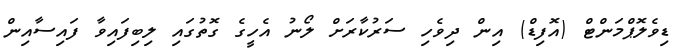
ޑިވެލޮޕްމަންޓް (އޮފިޑް) އިން ދިވެހި ސަރުކާރަށް ލޯނު އެހީގެ ގޮތުގައި ލިބިފައިވާ ފައިސާއިން